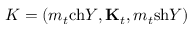
K = ( m _ { t } \mathrm { c h } Y , { \bf K } _ { t } , m _ { t } \mathrm { s h } Y )